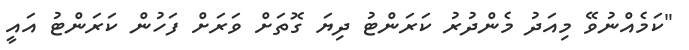
"ކަމެއްނުވޭ މިއަދު މެންދުރު ކަރަންޓު ދިޔަ ގޮތަށް ވަރަށް ފަހުން ކަރަންޓު އައީ